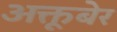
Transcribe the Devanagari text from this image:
अक्तूबेर